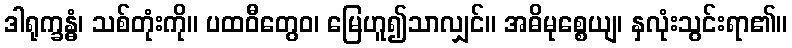
ဒါရုက္ခန္ဓံ၊ သစ်တုံးကို။ ပထဝီတွေဝ၊ မြေဟူ၍သာလျှင်။ အဓိမုစ္စေယျ၊ နှလုံးသွင်းရာ၏။